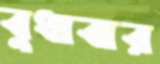
বুধাবার